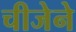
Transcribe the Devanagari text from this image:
चीजेने